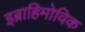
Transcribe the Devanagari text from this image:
इब्राहिमोविक